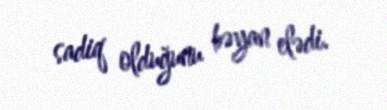
sadiq olduğunu bəyan elədi.